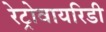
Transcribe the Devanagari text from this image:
रेट्रोवायरिडी